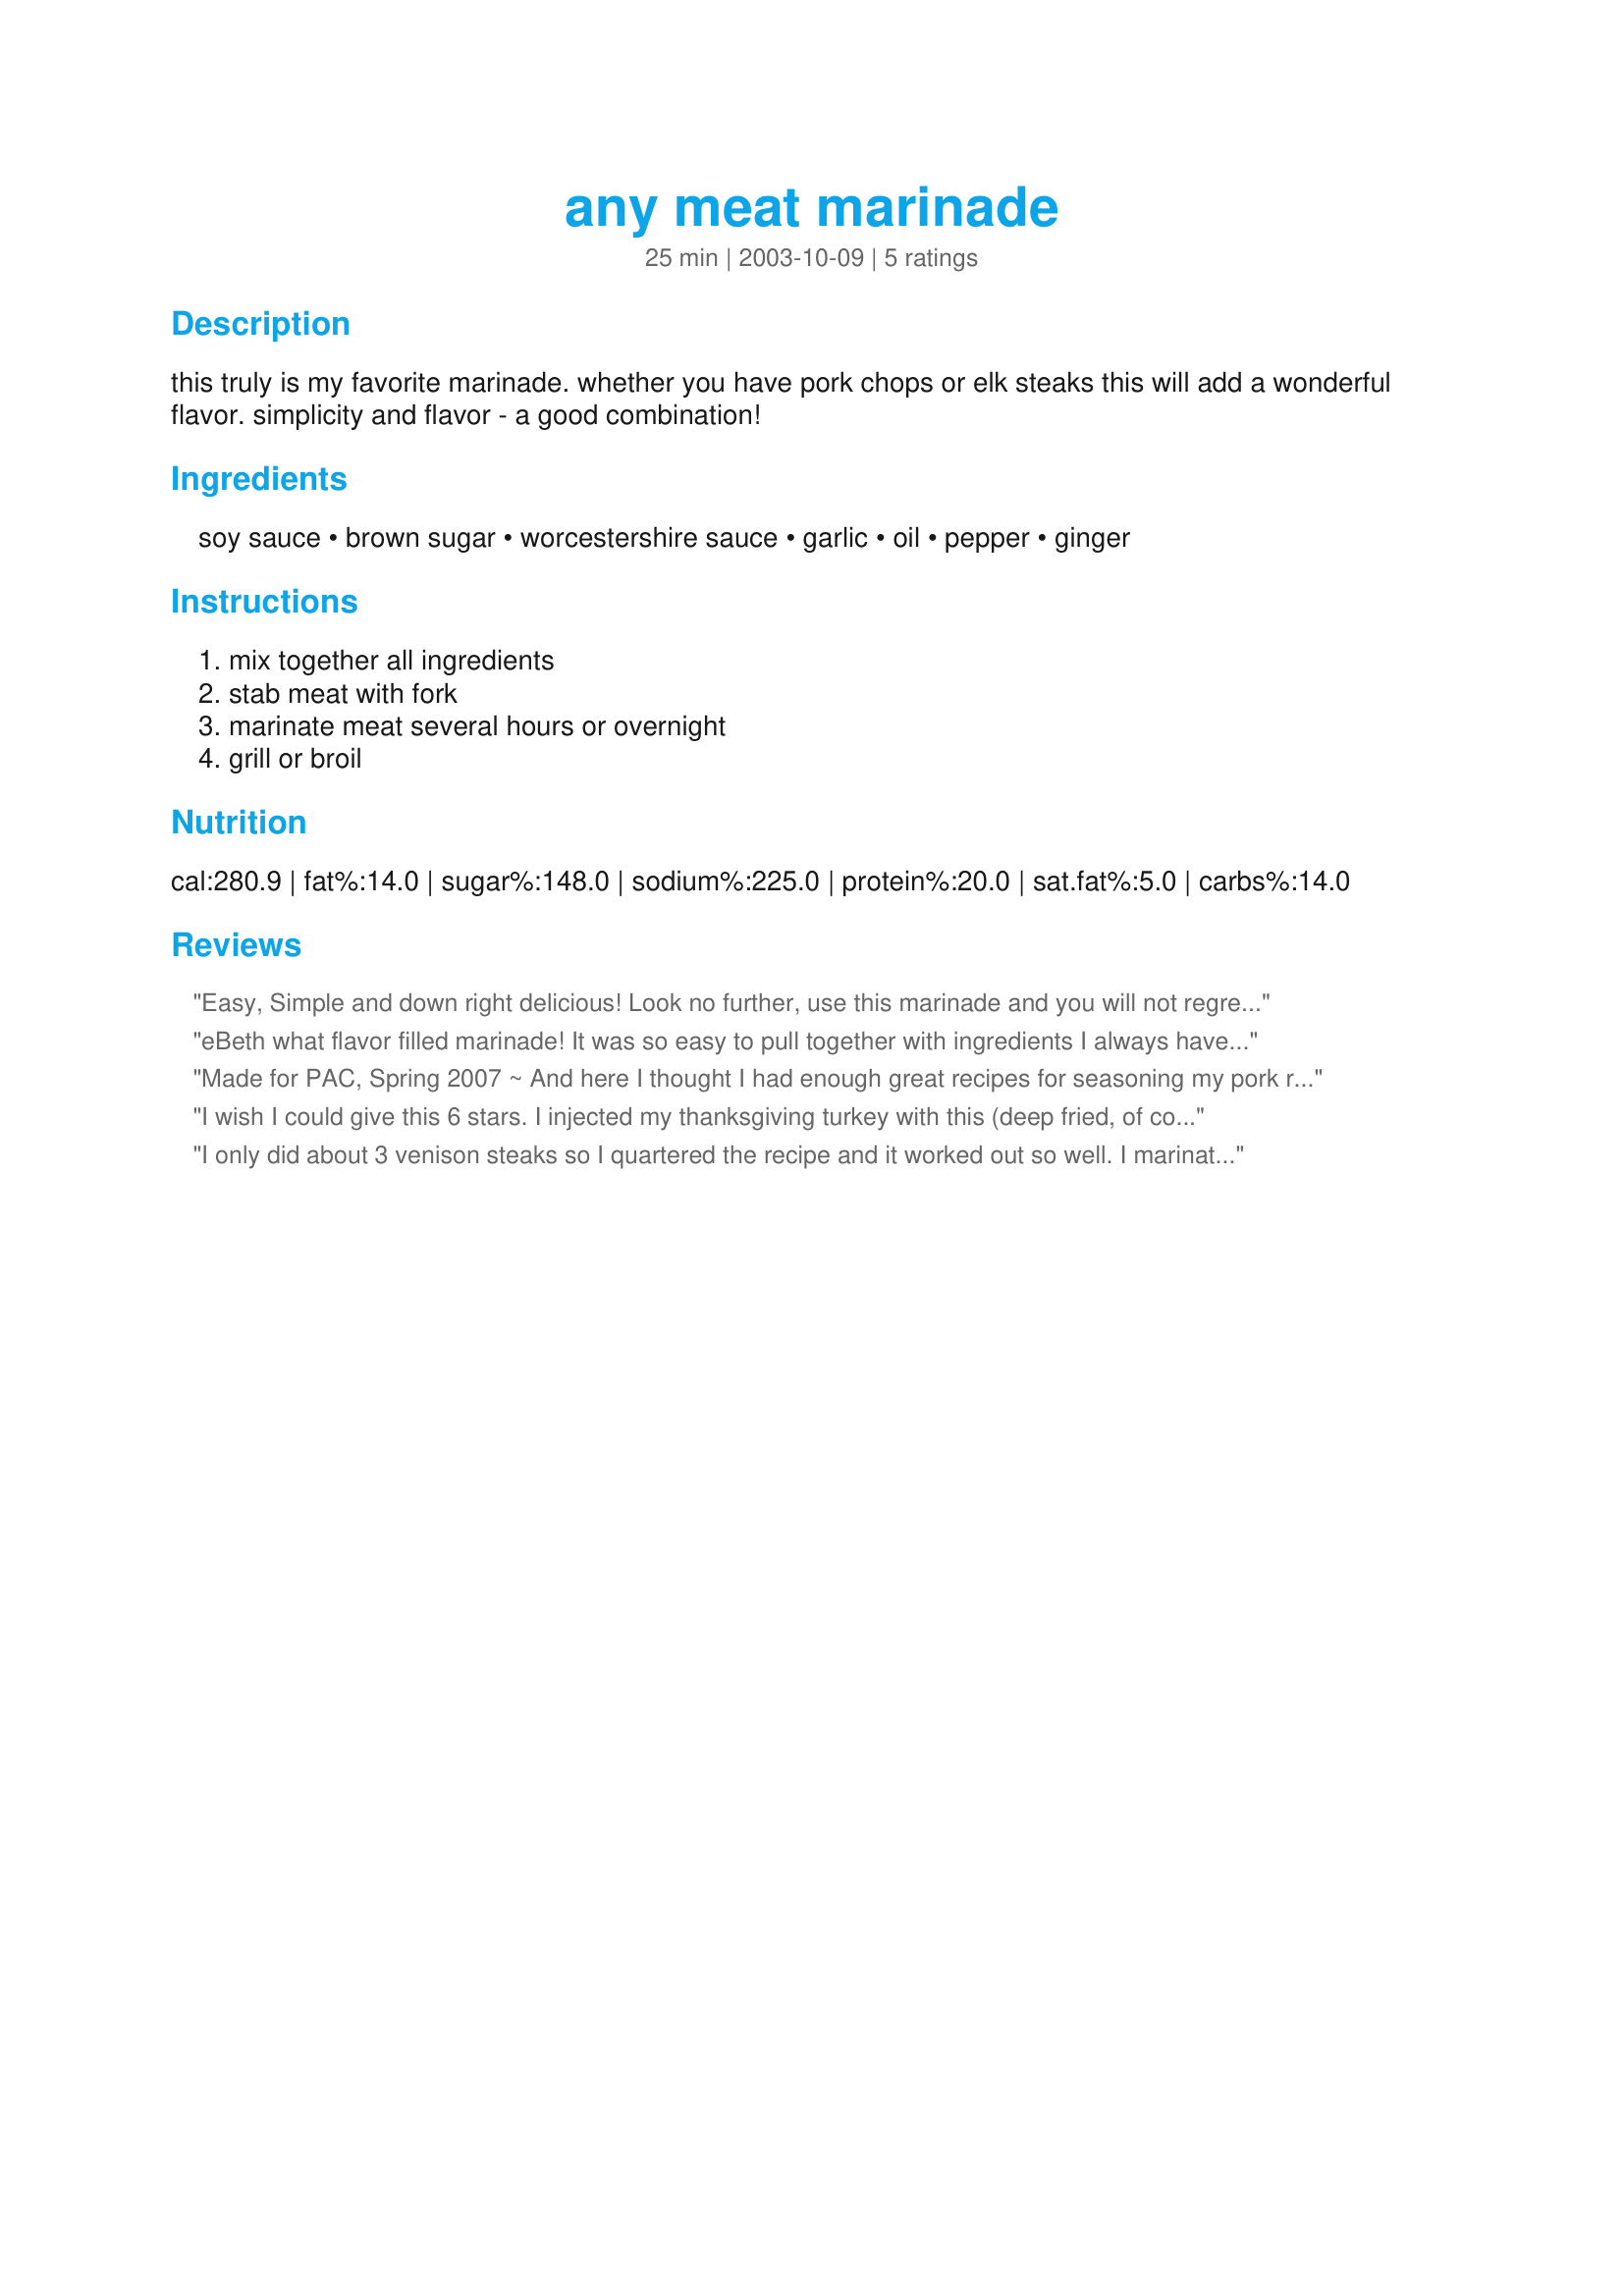
any meat marinade
Preparation time: 25 minutes

this truly is my favorite marinade. whether you have pork chops or elk steaks this will add a wonderful flavor. simplicity and flavor - a good combination!

Ingredients:
soy sauce, brown sugar, worcestershire sauce, garlic, oil, pepper, ginger

Steps:
mix together all ingredients, stab meat with fork, marinate meat several hours or overnight, grill or broil

Reviews:
Easy, Simple and down right delicious! Look no further, use this marinade and you will not regret it. Easy accessible ingredients, every home usually has these in the kitchen.
eBeth what flavor filled marinade! It was so easy to pull together with ingredients I always have on hand. I followed the recipe exactly only adding more garlic. I let my steaks marinade for 6 hours and then grilled them. DH and DS loved them. This has become one of my favorites!
Made for PAC, Spring 2007 ~ And here I thought I had enough great recipes for seasoning my pork roasts ~ boy, was I wrong!! This very simple marinade makes for really, really great-tasting pork! I can hardly wait to use it on poultry! Thanks for the recipe!
I wish I could give this 6 stars. I injected my thanksgiving turkey with this (deep fried, of course) on Thursday. The family loved it! On Sunday, I injected a venison roast for the crock pot with the remaining. It's a good thing I was sitting when I took that first bite or I would have fallen down. I am worried that I'll start messing with the recipie because it's so simple.
I only did about 3 venison steaks so I quartered the recipe and it worked out so well. I marinated them for about 5 hours. DH loved the flavor! He ate 2 of the steaks and was eyeing mine (but I didn't share). I just pan fried but that worked ok. Thanks eBeth!!
